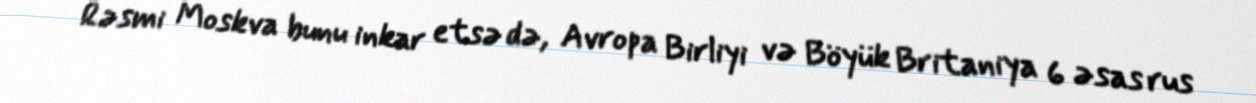
Rəsmi Moskva bunu inkar etsə də, Avropa Birliyi və Böyük Britaniya 6 əsas rus